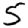
Digit: 5